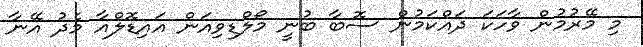
މި މޭރުމުން ވާހަކަ ދައްކަމުން ސޮބާ ބުނީ މޯލްޑިވިއަން އައިޑޮލްއާ މެދު އޭނާ